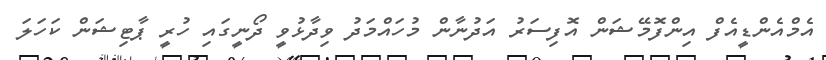
އެމްއެންޑީއެފް އިންފޮމޭޝަން އޮފިސަރު އަދުނާން މުހައްމަދު ވިދާޅުވީ ދޯނީގައި ހުރީ ޕާޓިޝަން ކަހަލަ